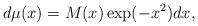
LaTeX: \begin{align*}d\mu(x)=M(x)\exp(-x^2)dx,\end{align*}